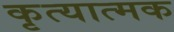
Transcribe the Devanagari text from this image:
कृत्यात्मक